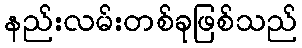
နည်းလမ်းတစ်ခုဖြစ်သည်